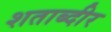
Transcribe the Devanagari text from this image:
शताब्दीर